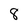
Character: 8